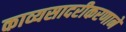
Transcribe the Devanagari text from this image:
काव्यसादरीकरणाने